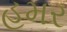
હમર